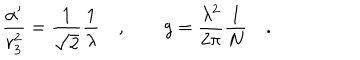
LaTeX: { \frac { \alpha ^ { \prime } } { r _ { 3 } ^ { 2 } } } = { \frac { 1 } { \sqrt { 2 } } } { \frac { 1 } { \lambda } } \quad , \qquad g = { \frac { \lambda ^ { 2 } } { 2 \pi } } { \frac { 1 } { N } } \quad .